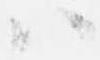
ハ